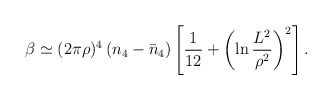
\begin{align*}\beta\simeq(2\pi\rho)^4\left(n_4-\bar n_4\right)\left[\frac{1}{12}+\left(\ln\frac{L^2}{\rho^2}\right)^2\right].\end{align*}